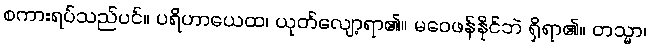
စကားရပ်သည်ပင်။ ပရိဟာယေထ၊ ယုတ်လျော့ရာ၏။ မဝေဖန်နိုင်ဘဲ ရှိရာ၏။ တသ္မာ၊